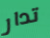
تدار